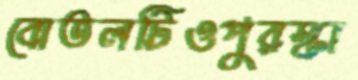
বোতলটিওপুরস্কা